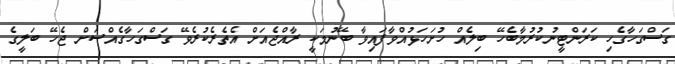
ގަސްގަހާގެހި ކަރަންޓީނުކުރުމާބެހޭ ބިލެއް ހުށަހަޅުއްވާފައިވާ ބޭނުމަކީ ރާއްޖެއަށް އެތެރެކުރެވޭ ގަސްގަހާގެއްސަށް ޖެހޭ ބަލީގެ